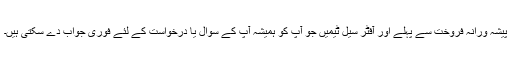
پیشہ ورانہ فروخت سے پہلے اور آفٹر سیل ٹیمیں جو آپ کو ہمیشہ آپ کے سوال یا درخواست کے لئے فوری جواب دے سکتی ہیں۔